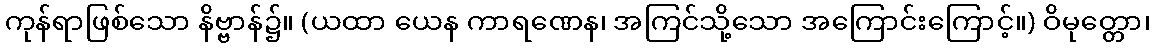
ကုန်ရာဖြစ်သော နိဗ္ဗာန်၌။ (ယထာ ယေန ကာရဏေန၊ အကြင်သို့သော အကြောင်းကြောင့်။) ဝိမုတ္တော၊